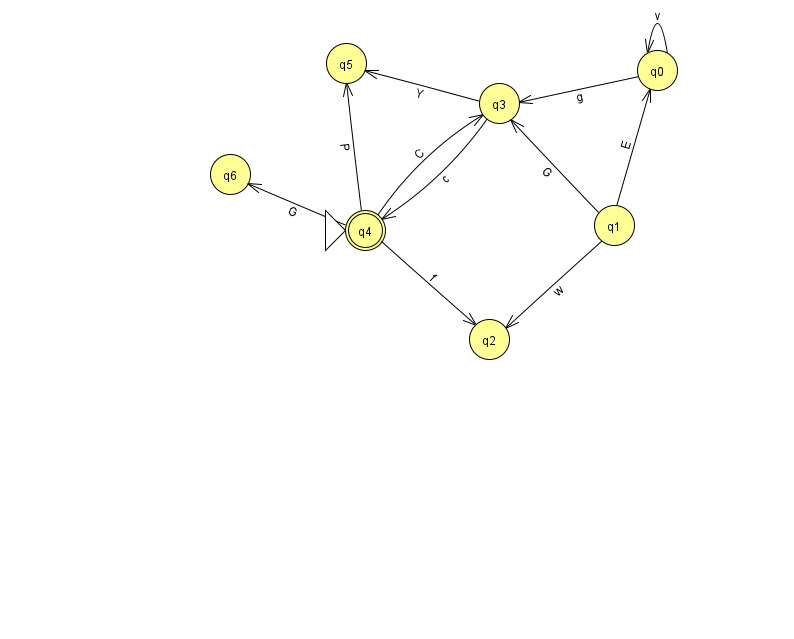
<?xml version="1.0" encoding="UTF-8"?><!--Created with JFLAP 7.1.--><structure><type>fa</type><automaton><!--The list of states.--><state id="0" name="q0"><x>657.0</x><y>57.0</y></state><state id="1" name="q1"><x>614.0</x><y>212.0</y></state><state id="2" name="q2"><x>489.0</x><y>326.0</y></state><state id="3" name="q3"><x>499.0</x><y>90.0</y></state><state id="4" name="q4"><x>365.0</x><y>217.0</y><initial/><final/></state><state id="5" name="q5"><x>346.0</x><y>50.0</y></state><state id="6" name="q6"><x>230.0</x><y>161.0</y></state><!--The list of transitions.--><transition><from>3</from><to>4</to><read>c</read></transition><transition><from>4</from><to>3</to><read>C</read></transition><transition><from>1</from><to>3</to><read>G</read></transition><transition><from>4</from><to>2</to><read>f</read></transition><transition><from>0</from><to>0</to><read>v</read></transition><transition><from>1</from><to>2</to><read>w</read></transition><transition><from>4</from><to>5</to><read>P</read></transition><transition><from>1</from><to>0</to><read>E</read></transition><transition><from>0</from><to>3</to><read>g</read></transition><transition><from>4</from><to>6</to><read>G</read></transition><transition><from>3</from><to>5</to><read>Y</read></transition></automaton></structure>